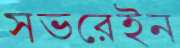
সভরেইন